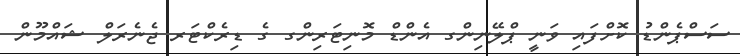
ސަސްޕެންޑު ކޮށްފައި ވަނީ ޕްލޭނިންގ އެންޑް މޮނިޓަރިންގ ގެ ޑިރެކްޓަރ ޖެނެރަލް ޝައްމޫން